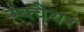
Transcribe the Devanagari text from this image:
स्‍क्‍वैयर